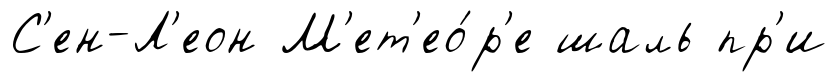
С'ен-Л'еон М'ет'ео́р'е шаль пр'и